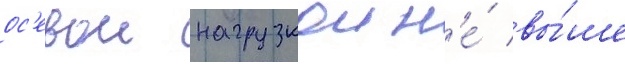
ос'евои нагрузкои н'е́ вы́ше